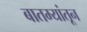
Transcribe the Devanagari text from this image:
बातम्यांतून